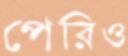
পেরিও